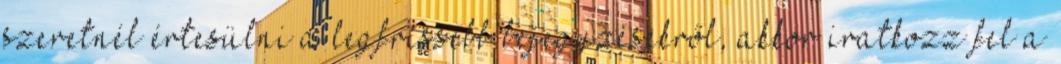
szeretnél értesülni a legfrissebb bejegyzésekről, akkor iratkozz fel a